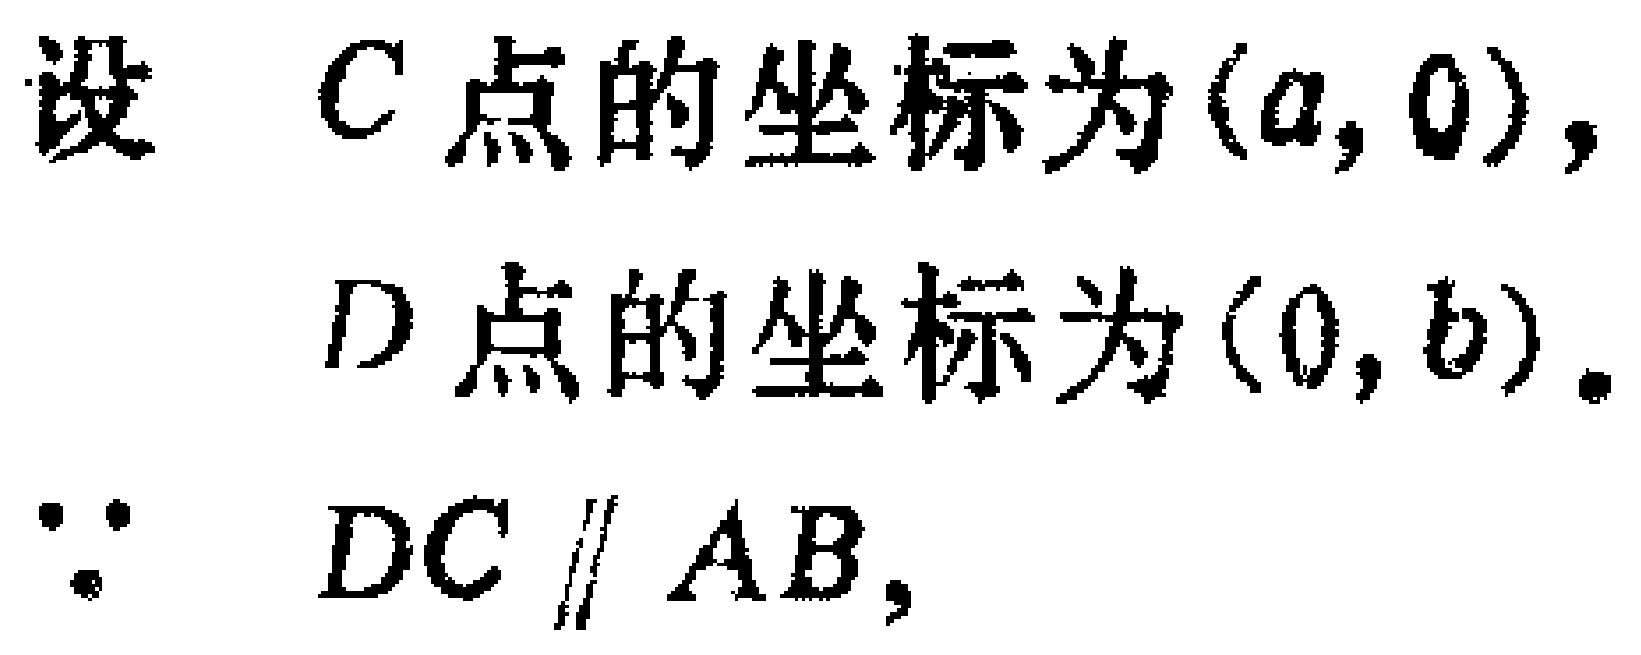
设 \(C\) 点的坐标为 \((a,0)\)，

\(D\) 点的坐标为 \((0,b)\)。

\(\because DC \parallel AB\)，